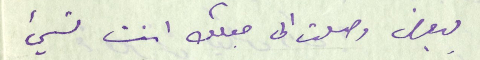
ببعض وصلت الى جعلك انت تسيء